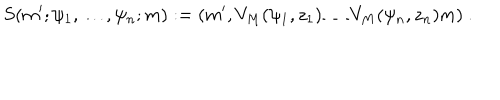
S ( m ^ { \prime } ; \psi _ { 1 } , \dots , \psi _ { n } ; m ) : = ( m ^ { \prime } , V _ { M } ( \psi _ { 1 } , z _ { 1 } ) \dots V _ { M } ( \psi _ { n } , z _ { n } ) m ) \ .